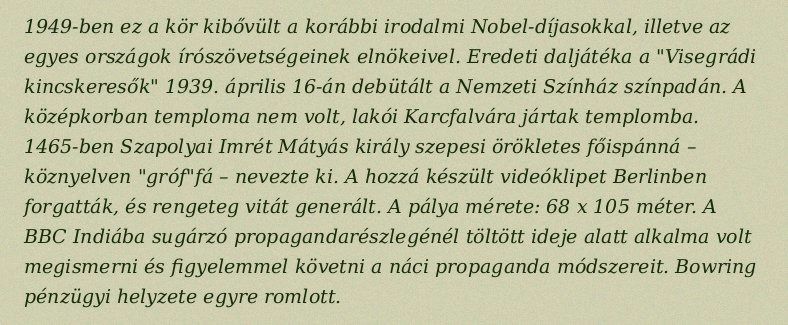
1949-ben ez a kör kibővült a korábbi irodalmi Nobel-díjasokkal, illetve az egyes országok írószövetségeinek elnökeivel. Eredeti daljátéka a "Visegrádi kincskeresők" 1939. április 16-án debütált a Nemzeti Színház színpadán. A középkorban temploma nem volt, lakói Karcfalvára jártak templomba. 1465-ben Szapolyai Imrét Mátyás király szepesi örökletes főispánná – köznyelven "gróf"fá – nevezte ki. A hozzá készült videóklipet Berlinben forgatták, és rengeteg vitát generált. A pálya mérete: 68 x 105 méter. A BBC Indiába sugárzó propagandarészlegénél töltött ideje alatt alkalma volt megismerni és figyelemmel követni a náci propaganda módszereit. Bowring pénzügyi helyzete egyre romlott.